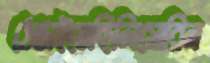
ঠেঙাইতেছিলিসোরিন